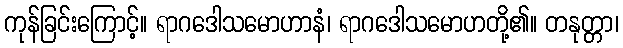
ကုန်ခြင်းကြောင့်။ ရာဂဒေါသမောဟာနံ၊ ရာဂဒေါသမောဟတို့၏။ တနုတ္တာ၊